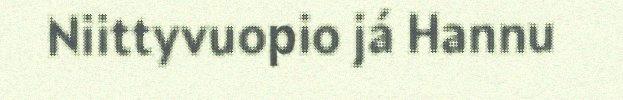
Niittyvuopio já Hannu